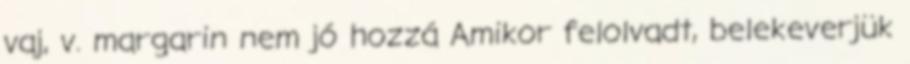
vaj, v. margarin nem jó hozzá Amikor felolvadt, belekeverjük